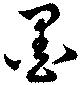
墨